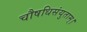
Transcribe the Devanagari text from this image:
चौषधिसंयुताम्।